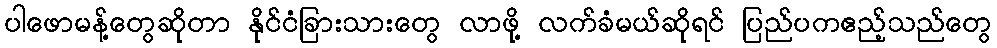
ပါဖောမန့်တွေဆိုတာ နိုင်ငံခြားသားတွေ လာဖို့ လက်ခံမယ်ဆိုရင် ပြည်ပကဧည့်သည်တွေ